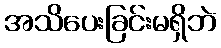
အသိပေးခြင်းမရှိဘဲ